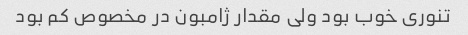
تنوری خوب بود ولی مقدار ژامبون در مخصوص کم بود